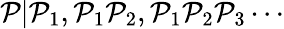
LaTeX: \mathcal{P}|\mathcal{P}_{1},\mathcal{P}_{1}\mathcal{P}_{2},\mathcal{P}_{1}\mathcal{P}_{2}\mathcal{P}_{3}\cdots